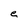
Character: e